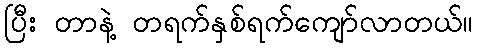
ပြီး တာနဲ့ တရက်နှစ်ရက်ကျော်လာတယ်။